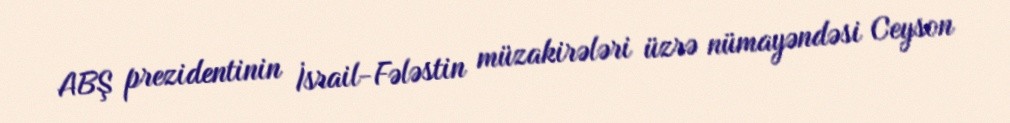
ABŞ prezidentinin İsrail-Fələstin müzakirələri üzrə nümayəndəsi Ceyson